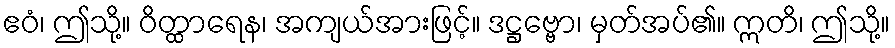
ဧဝံ၊ ဤသို့။ ဝိတ္ထာရေန၊ အကျယ်အားဖြင့်။ ဒဋ္ဌဗ္ဗော၊ မှတ်အပ်၏။ ဣတိ၊ ဤသို့။